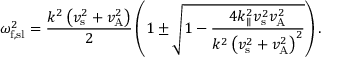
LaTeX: \omega _ { \mathrm { f , s l } } ^ { 2 } = { \frac { k ^ { 2 } \left( v _ { \mathrm { s } } ^ { 2 } + v _ { \mathrm { A } } ^ { 2 } \right) } { 2 } } \left( 1 \pm { \sqrt { 1 - { \frac { 4 k _ { \parallel } ^ { 2 } v _ { \mathrm { s } } ^ { 2 } v _ { \mathrm { A } } ^ { 2 } } { k ^ { 2 } \left( v _ { \mathrm { s } } ^ { 2 } + v _ { \mathrm { A } } ^ { 2 } \right) ^ { 2 } } } } } \right) .